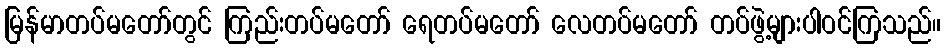
မြန်မာတပ်မတော်တွင် ကြည်းတပ်မတော် ရေတပ်မတော် လေတပ်မတော် တပ်ဖွဲ့များပါဝင်ကြသည်။